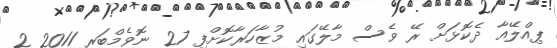
ޕިއްލޭއާ ދެކޮޅަށް ރޭ ވެސް މާލޭގައި މުޒާހަރާކޮށްފި 27 ނޮވެމްބަރ 2011 2